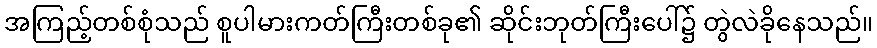
အကြည့်တစ်စုံသည် စူပါမားကတ်ကြီးတစ်ခု၏ ဆိုင်းဘုတ်ကြီးပေါ်၌ တွဲလဲခိုနေသည်။